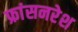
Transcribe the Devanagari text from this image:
फ्रांसनरेश